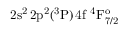
\mathrm { 2 s ^ { 2 } \, 2 p ^ { 2 } ( ^ { 3 } P ) \, 4 f ~ ^ { 4 } F _ { 7 / 2 } ^ { o } }